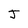
Character: J